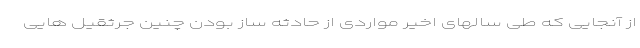
از آنجایی که طی سالهای اخیر مواردی از حادثه ساز بودن چنین جرثقیل هایی